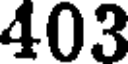
403